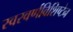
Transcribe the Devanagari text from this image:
स्वरवर्णविशिष्टेन